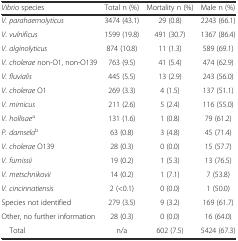
| Vibrio species | Total n (%) | Mortality n (%) | Male n (%) |
 | --- | --- | --- | --- |
 | V. parahaemolyticus | 3474 (43.1) | 29 (0.8) | 2243 (66.1) |
 | V. vulnificus | 1599 (19.8) | 491 (30.7) | 1367 (86.4) |
 | V. alginolyticus | 874 (10.8) | 11 (1.3) | 589 (69.1) |
 | V. cholerae non-O1, non-O139 | 763 (9.5) | 41 (5.4) | 474 (62.9) |
 | V. fluvialis | 445 (5.5) | 13 (2.9) | 243 (56.0) |
 | V. cholerae O1 | 269 (3.3) | 4 (1.5) | 137 (51.1) |
 | V. mimicus | 211 (2.6) | 5 (2.4) | 116 (55.0) |
 | V. hollisaea | 131 (1.6) | 1 (0.8) | 79 (61.2) |
 | P. damselab | 63 (0.8) | 3 (4.8) | 45 (71.4) |
 | V. cholerae O139 | 28 (0.3) | 0 (0.0) | 15 (57.7) |
 | V. furnissii | 19 (0.2) | 1 (5.3) | 13 (76.5) |
 | V. metschnikovii | 14 (0.2) | 1 (7.1) | 7 (53.8) |
 | V. cincinnatiensis | 2 (<0.1) | 0 (0.0) | 1 (50.0) |
 | Species not identified | 279 (3.5) | 9 (3.2) | 169 (61.7) |
 | Other, no further information | 28 (0.3) | 0 (0.0) | 16 (64.0) |
 | Total | n/a | 602 (7.5) | 5424 (67.3) |